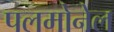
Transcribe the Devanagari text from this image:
पलमोनेल